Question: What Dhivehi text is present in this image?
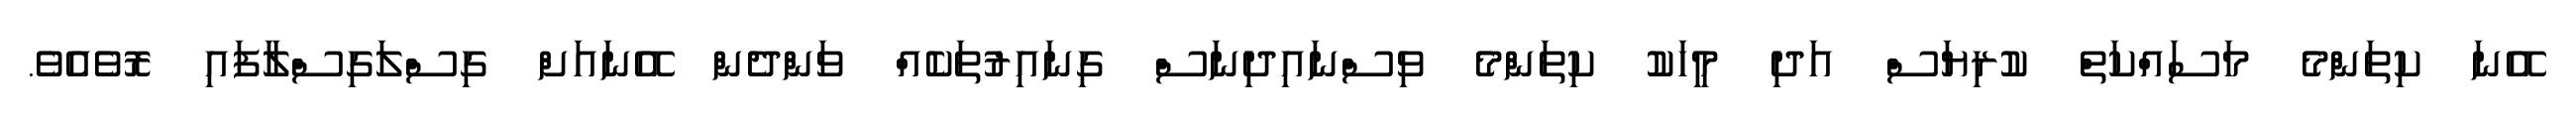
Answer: އޭނަ ކިތަންމެ މަސައްކަތް ކުރިޔަސް އަދި މީހަކު ކިތަންމެ ވިސްނައިދިނަސް ގިނައިރުތަކެއް ވަންދެން އޭނައަށް ގިސްލަގިސްލާފައި ރޮވެއެވެ.